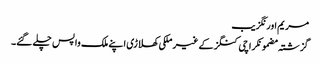
مریم اورنگزیب
گزشتہ مضمونکراچی کنگز کے غیر ملکی کھلاڑی اپنے ملک واپس چلے گئے۔